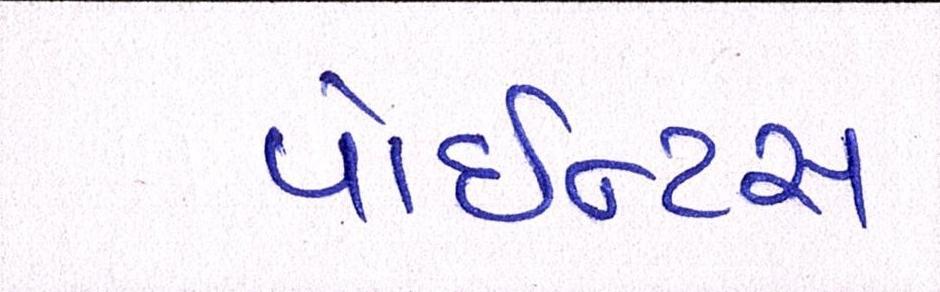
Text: પોઇન્ટસ